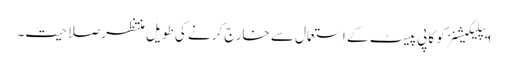
ایپلیکیشنز کو کاپی پیسٹ کے استعمال سے خارج کرنے کی طویل منتظر صلاحیت۔